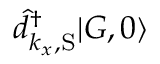
\hat { d } _ { k _ { x } , \mathrm { S } } ^ { \dagger } | G , 0 \rangle